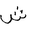
Letter: _shin